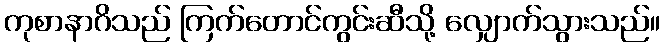
ကုစာနာဂိသည် ကြက်တောင်ကွင်းဆီသို့ လျှောက်သွားသည်။